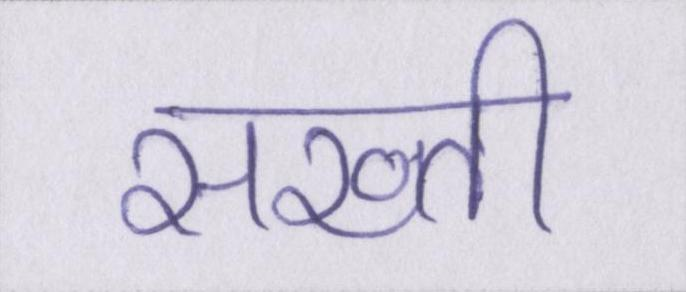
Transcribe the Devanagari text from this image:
सख्ती